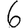
Digit: 6